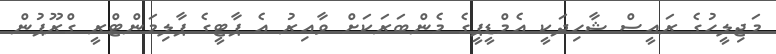
މަޖިލީހުގެ ރައީސް ޝާހިދަކީ އެމްޑީޕީގެ މެންބަރަކަށް ވާއިރު އެ ޕާޓީގެ ޕާލިމަންޓްރީ ގްރޫޕުން